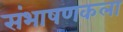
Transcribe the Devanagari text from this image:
संभाषणकला